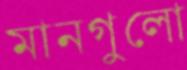
মানগুলো